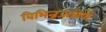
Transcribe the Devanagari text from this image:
विभिन्नजातियों